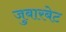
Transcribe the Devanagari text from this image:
जुबारबेट